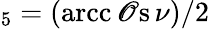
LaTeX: _5=(\operatorname{arcc\mathscr{O}s}\nu)/2